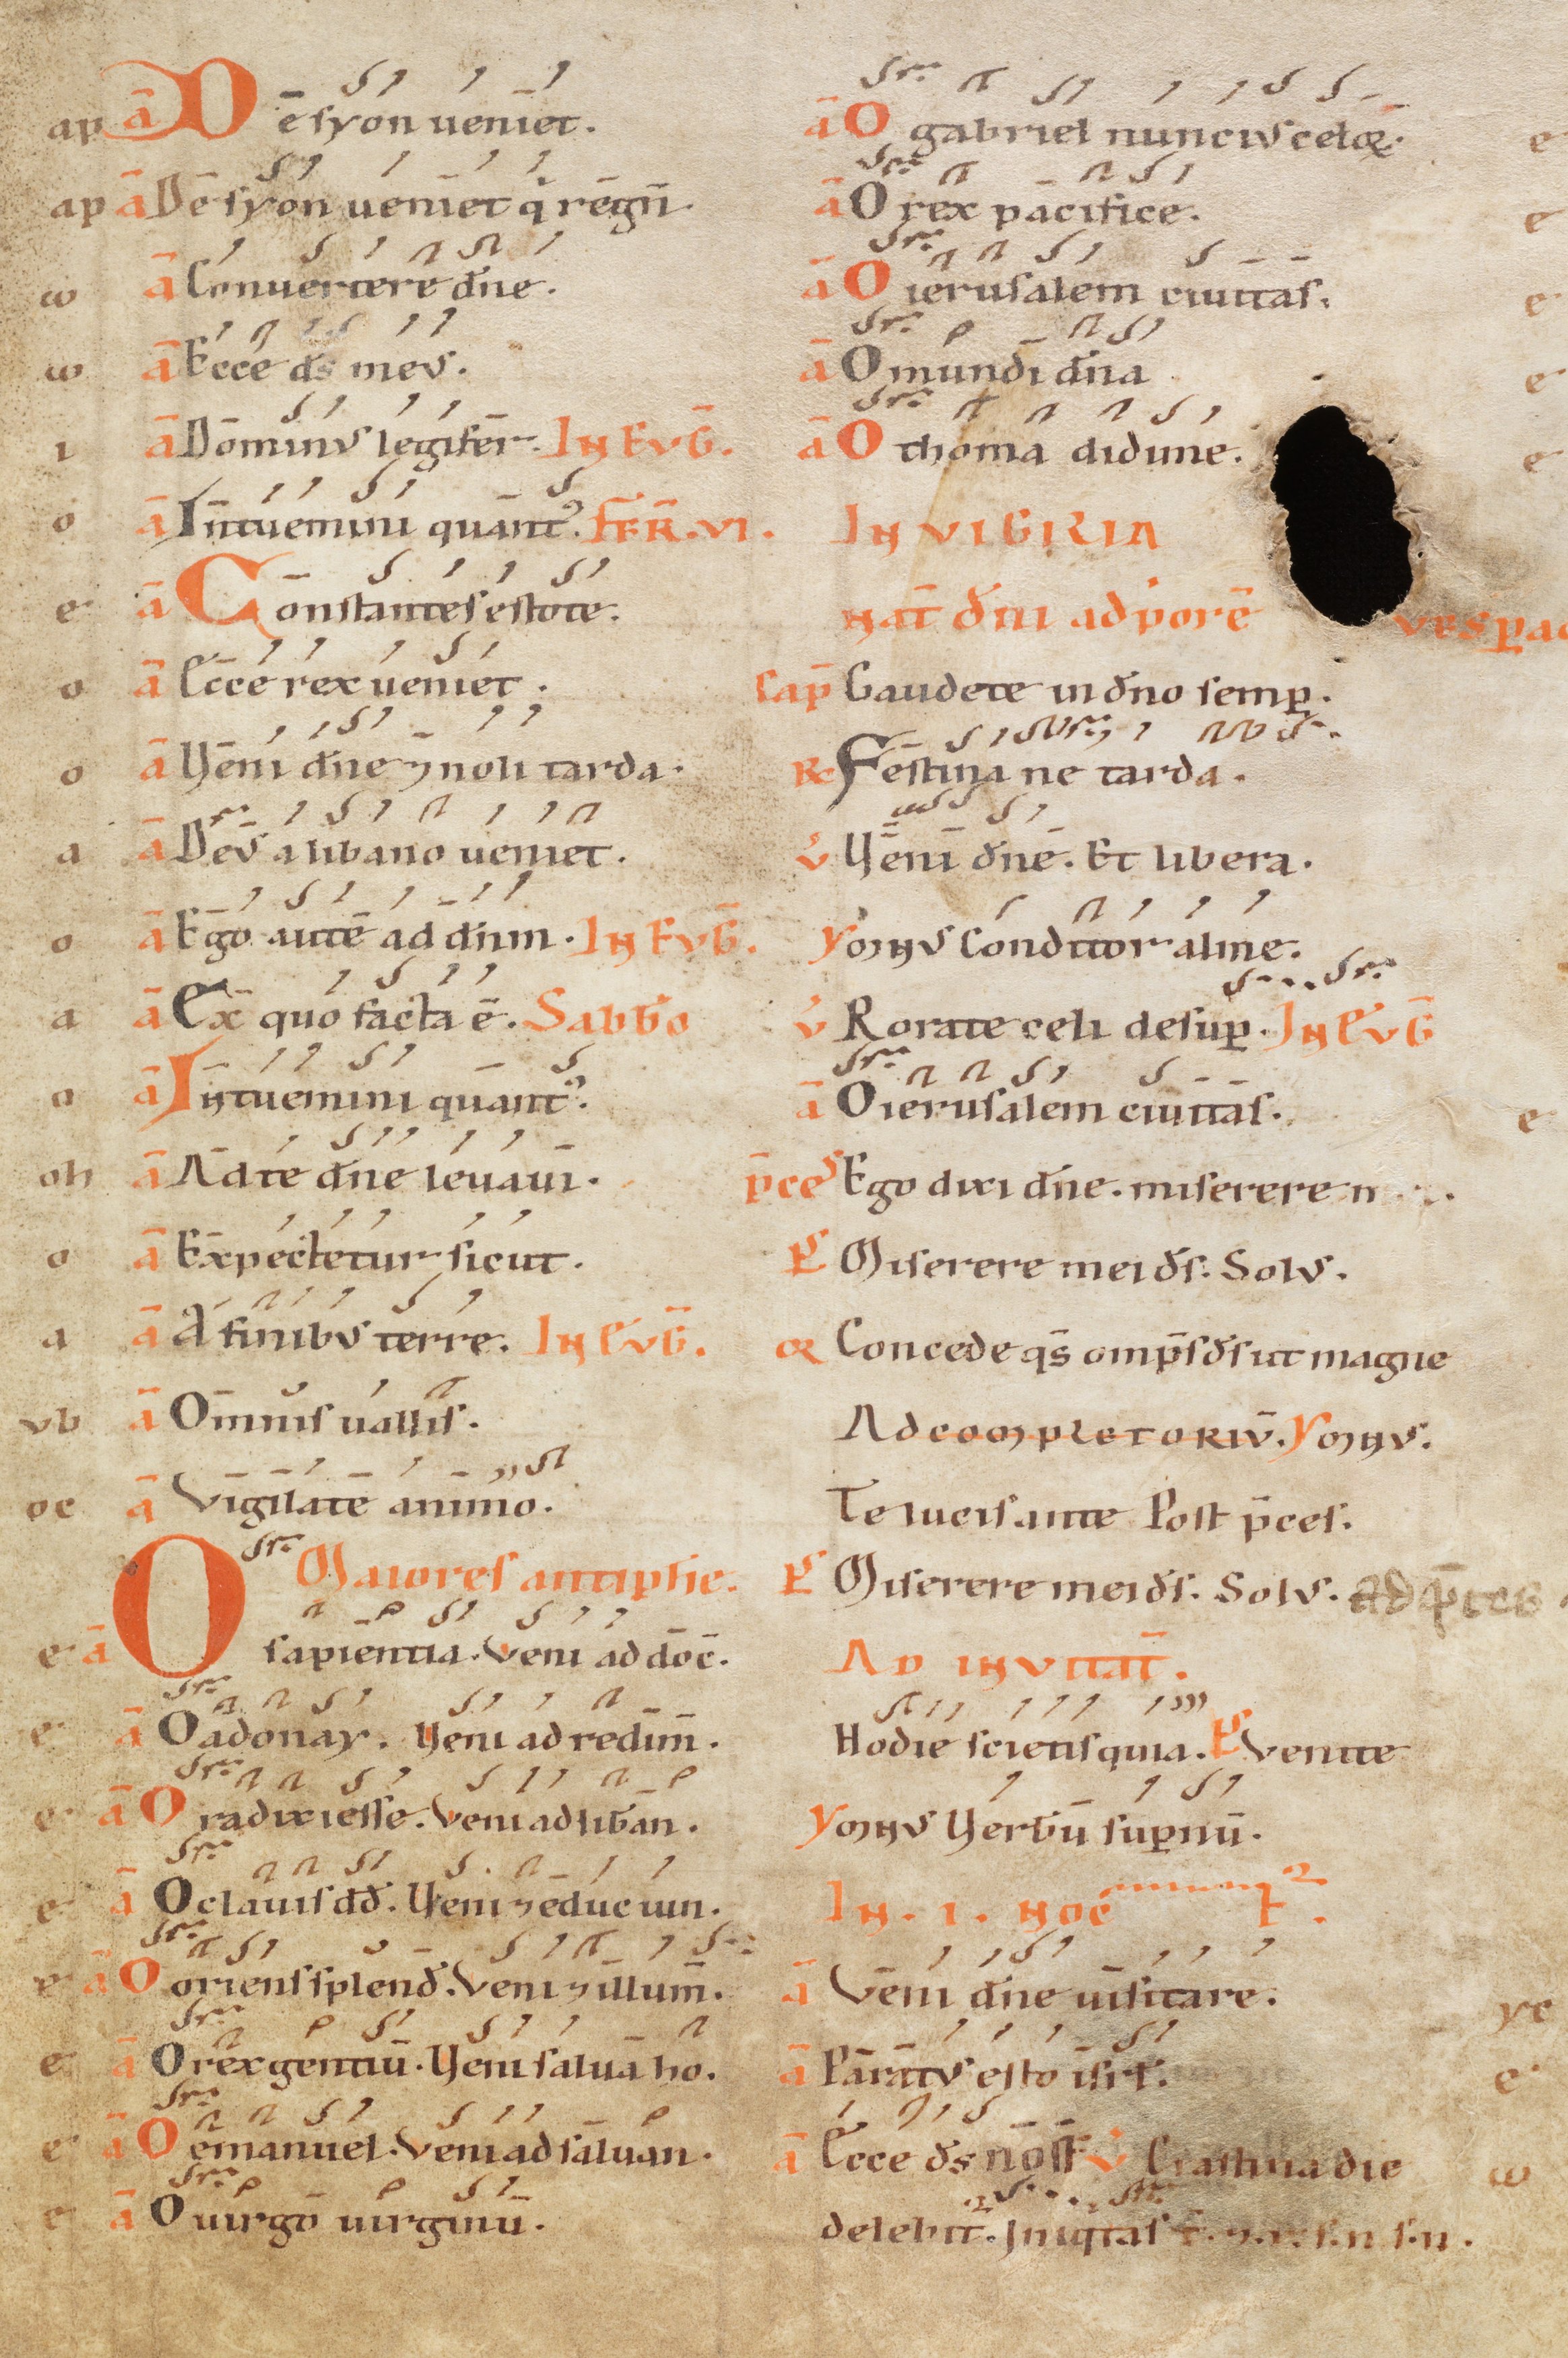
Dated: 1100–1199